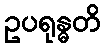
ဥပရုန္ဓတိ